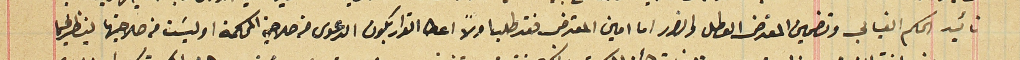
تائيد الحكم الغيابي وتضمين المعترض العطل والضرر اما امين المعترض فقد طلب اولاً اعطا القرار بكون الدعوى من صلاحية المحكمة او ليسَت من صلاحيتها ينظر فيها